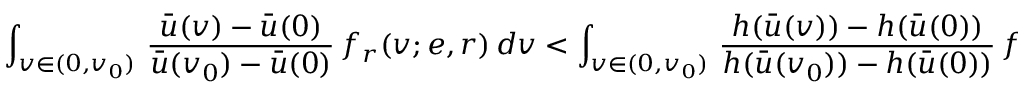
\int _ { v \in ( 0 , v _ { 0 } ) } \, \frac { \bar { u } ( v ) - \bar { u } ( 0 ) } { \bar { u } ( v _ { 0 } ) - \bar { u } ( 0 ) } \, f _ { r } ( v ; e , r ) \, d v < \int _ { v \in ( 0 , v _ { 0 } ) } \, \frac { h ( \bar { u } ( v ) ) - h ( \bar { u } ( 0 ) ) } { h ( \bar { u } ( v _ { 0 } ) ) - h ( \bar { u } ( 0 ) ) } \, f _ { r } ( v ; e , r ) \, d v < 0